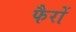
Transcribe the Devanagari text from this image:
फैरों